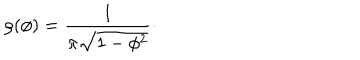
LaTeX: \rho ( \phi ) = { \frac { 1 } { \pi \sqrt { 1 - \phi ^ { 2 } } } } \cdotp